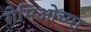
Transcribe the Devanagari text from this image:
रोमिओच्या